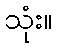
သုံး။